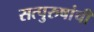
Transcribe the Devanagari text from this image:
सत्‍पुरुषांची